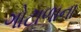
ગોટાળાના